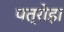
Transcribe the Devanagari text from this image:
पत्रोड़ा